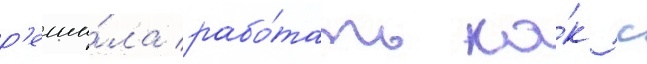
р'еши́ла рабо́тать ка́к с